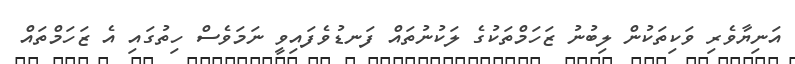
އަނިޔާވެރި ވަކިތަކުން ލިބުނު ޒަހަމްތަކުގެ ލަކުނުތައް ފަނޑުވެފައިވީ ނަމަވެސް ހިތުގައި އެ ޒަހަމްތައް